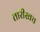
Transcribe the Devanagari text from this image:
तारीखच